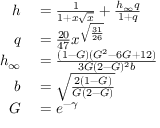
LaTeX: \begin{array} { r l } { h } & { { } = { \frac { 1 } { 1 + x { \sqrt { x } } } } + { \frac { h _ { \infty } q } { 1 + q } } } \\ { q } & { { } = { \frac { 2 0 } { 4 7 } } x ^ { \sqrt { \frac { 3 1 } { 2 6 } } } } \\ { h _ { \infty } } & { { } = { \frac { ( 1 - G ) ( G ^ { 2 } - 6 G + 1 2 ) } { 3 G ( 2 - G ) ^ { 2 } b } } } \\ { b } & { { } = { \sqrt { \frac { 2 ( 1 - G ) } { G ( 2 - G ) } } } } \\ { G } & { { } = e ^ { - \gamma } } \end{array}